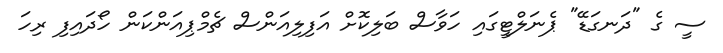
ސީ ގެ "ދަނގަޑޭ" ޕެނަލްޓީގައި ހަވާސް ބަލިކޮށް އަފިލިއަންސް ޗެމްޕިއަންކަން ހޯދައިފި ރިހަ